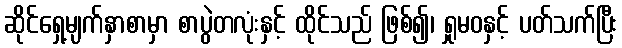
ဆိုင်ရှေ့မျက်နှာစာမှာ စာပွဲတလုံးနှင့် ထိုင်သည် ဖြစ်၍၊ ရှုမဝနှင့် ပတ်သက်ပြီး